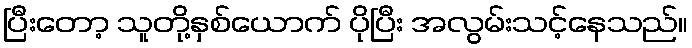
ပြီးတော့ သူတို့နှစ်ယောက် ပိုပြီး အလွမ်းသင့်နေသည်။